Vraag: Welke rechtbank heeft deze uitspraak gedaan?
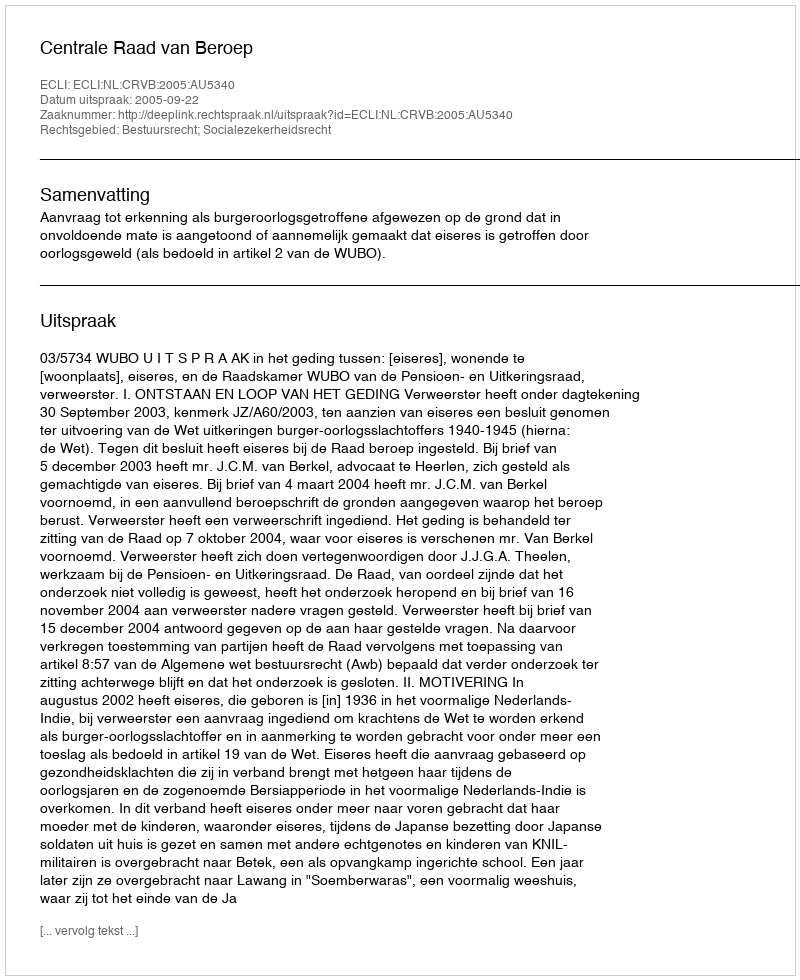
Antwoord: Centrale Raad van Beroep